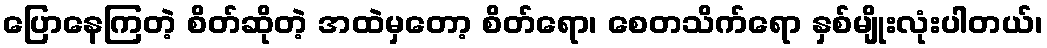
ပြောနေကြတဲ့ စိတ်ဆိုတဲ့ အထဲမှတော့ စိတ်ရော၊ စေတသိက်ရော နှစ်မျိုးလုံးပါတယ်၊